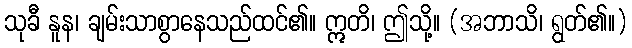
သုခီ နူန၊ ချမ်းသာစွာနေသည်ထင်၏။ ဣတိ၊ ဤသို့။ (အဘာသိ၊ ရွတ်၏။)